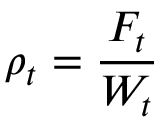
\rho _ { t } = \frac { F _ { t } } { W _ { t } }